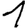
Digit: 1